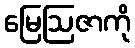
မြေဩဇာကို